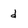
Character: d